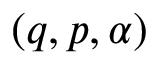
( \boldsymbol { q } , \boldsymbol { p } , \alpha )